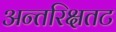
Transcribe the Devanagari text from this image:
अन्तरिक्षतट